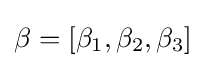
\beta =[\beta _{1},\beta _{2},\beta _{3}]